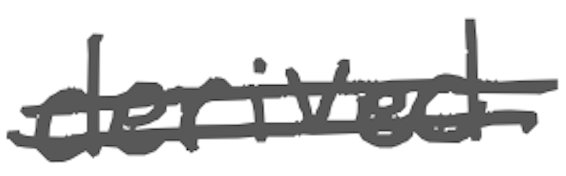
Text: derived
Cross-out: double-line
Writing tool: digital_gray